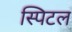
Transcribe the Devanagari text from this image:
स्पिटल